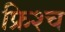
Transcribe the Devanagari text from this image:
फ्रिश्च